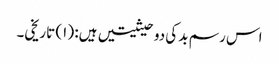
اس رسم بد کی دو حیثیتیں ہیں: (۱) تاریخی۔